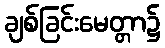
ချစ်ခြင်းမေတ္တာ၌